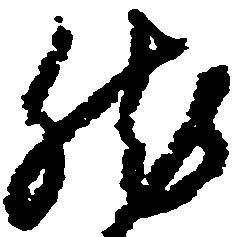
然